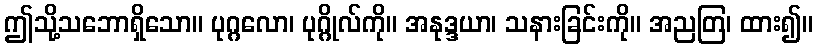
ဤသို့သဘောရှိသော။ ပုဂ္ဂလော၊ ပုဂ္ဂိုလ်ကို။ အနုဒ္ဒယာ၊ သနားခြင်းကို။ အညတြ၊ ထား၍။